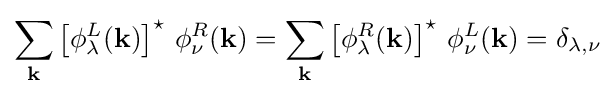
\sum _{\mathbf {k} }\left[\phi _{\lambda }^{L}(\mathbf {k} )\right]^{\star }\,\phi _{\nu }^{R}(\mathbf {k} )=\sum _{\mathbf {k} }\left[\phi _{\lambda }^{R}(\mathbf {k} )\right]^{\star }\,\phi _{\nu }^{L}(\mathbf {k} )=\delta _{\lambda ,\nu }